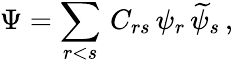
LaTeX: \Psi=\sum_{r<s}\, C_{rs}\, \psi_{r}\, \widetilde{\psi}_{s}\, ,